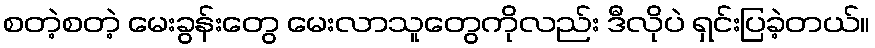
စတဲ့စတဲ့ မေးခွန်းတွေ မေးလာသူတွေကိုလည်း ဒီလိုပဲ ရှင်းပြခဲ့တယ်။